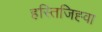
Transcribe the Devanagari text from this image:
हस्तिजिह्वा